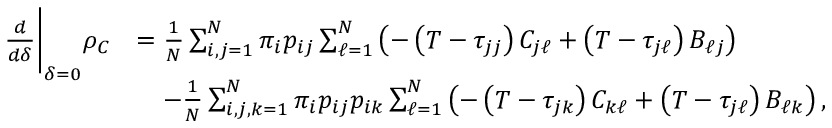
\begin{array} { r l } { \frac { d } { d \delta } \Bigg \vert _ { \delta = 0 } \rho _ { C } } & { = \frac { 1 } { N } \sum _ { i , j = 1 } ^ { N } \pi _ { i } p _ { i j } \sum _ { \ell = 1 } ^ { N } \left( - \left( T - \tau _ { j j } \right) C _ { j \ell } + \left( T - \tau _ { j \ell } \right) B _ { \ell j } \right) } \\ & { \quad - \frac { 1 } { N } \sum _ { i , j , k = 1 } ^ { N } \pi _ { i } p _ { i j } p _ { i k } \sum _ { \ell = 1 } ^ { N } \left( - \left( T - \tau _ { j k } \right) C _ { k \ell } + \left( T - \tau _ { j \ell } \right) B _ { \ell k } \right) , } \end{array}